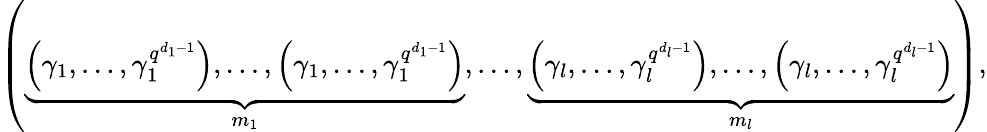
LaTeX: \left(\underbrace{\left(\gamma_{1},\dots,\gamma_{1}^{q^{d_{1}-1}}\right),\dots,\left(\gamma_{1},\dots,\gamma_{1}^{q^{d_{1}-1}}\right)}_{m_{1}},\dots,\underbrace{\left(\gamma_{l},\dots,\gamma_{l}^{q^{d_{l}-1}}\right),\dots,\left(\gamma_{l},\dots,\gamma_{l}^{q^{d_{l}-1}}\right)}_{m_{l}}\right),